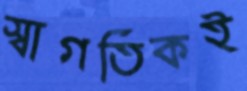
স্বাগতিকই